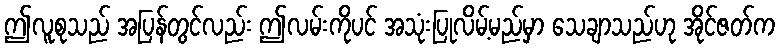
ဤလူစုသည် အပြန်တွင်လည်း ဤလမ်းကိုပင် အသုံးပြုလိမ့်မည်မှာ သေချာသည်ဟု အိုင်ဇတ်က